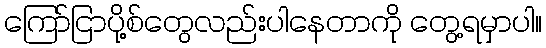
ကြော်ငြာပို့စ်တွေလည်းပါနေတာကို တွေ့ရမှာပါ။